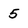
Character: 5